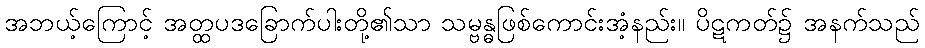
အဘယ့်ကြောင့် အတ္ထပဒခြောက်ပါးတို့၏သာ သမ္ဗန္ဓဖြစ်ကောင်းအံ့နည်း။ ပိဋကတ်၌ အနက်သည်